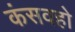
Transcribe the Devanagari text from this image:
कंसवहो